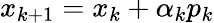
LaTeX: x_{k+1}=x_{k}+\alpha_{k}p_{k}